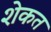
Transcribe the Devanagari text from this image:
शेकत